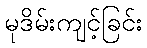
မုဒိမ်းကျင့်ခြင်း